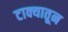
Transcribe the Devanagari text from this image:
टाक्यातून